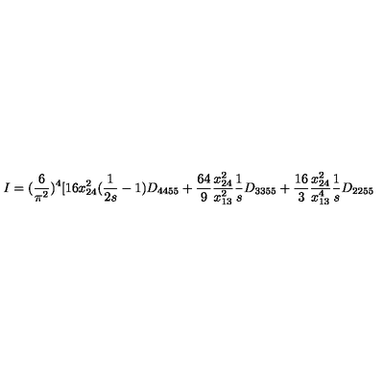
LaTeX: I = ( \frac { 6 } { \pi ^ { 2 } } ) ^ { 4 } [ 1 6 x _ { 2 4 } ^ { 2 } ( \frac { 1 } { 2 s } - 1 ) D _ { 4 4 5 5 } + \frac { 6 4 } { 9 } \frac { x _ { 2 4 } ^ { 2 } } { x _ { 1 3 } ^ { 2 } } \frac { 1 } { s } D _ { 3 3 5 5 } + \frac { 1 6 } { 3 } \frac { x _ { 2 4 } ^ { 2 } } { x _ { 1 3 } ^ { 4 } } \frac { 1 } { s } D _ { 2 2 5 5 }